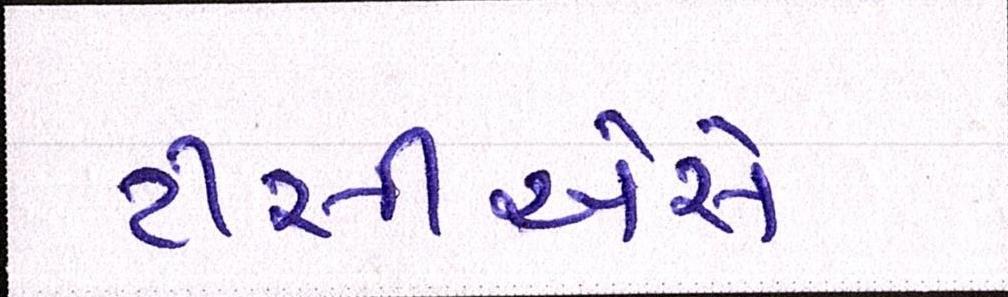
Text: ટીસીએસે